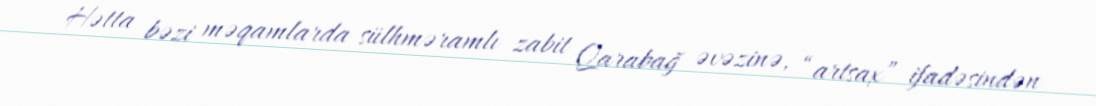
Hətta bəzi məqamlarda sülhməramlı zabit Qarabağ əvəzinə, “artsax” ifadəsindən